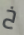
خ